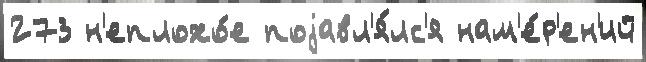
273 н'еплохо́е поjавл'я́лс'я нам'е́р'ен'ий